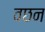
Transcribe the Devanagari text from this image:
वछन